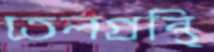
তেলগ্রন্থি